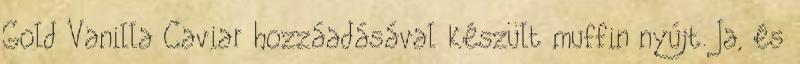
Gold Vanilla Caviar hozzáadásával készült muffin nyújt. Ja, és